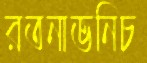
রতনাভনিচ